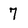
Character: 7